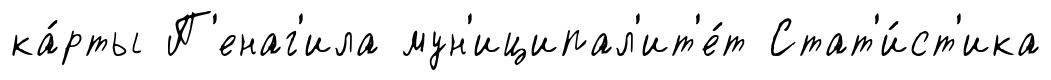
ка́рты П'енаг'ила мун'иципал'ит'е́т Стат'и́ст'ика